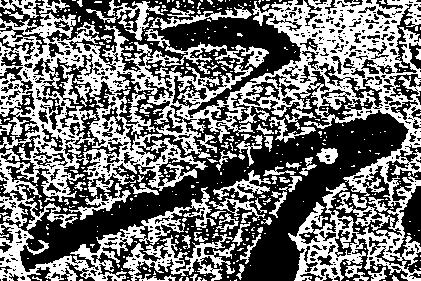
二